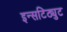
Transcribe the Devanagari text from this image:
इन्सटिठ्युट